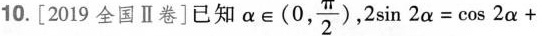
10.[2019全国Ⅱ卷]已知$$\alpha \in ( 0 , \frac { π} { 2 } )$$, $$2 \sin 2 \alpha = \cos 2 \alpha +$$